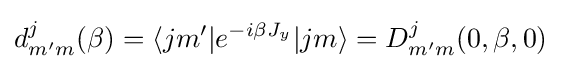
d_{m'm}^{j}(\beta )=\langle jm'|e^{-i\beta J_{y}}|jm\rangle =D_{m'm}^{j}(0,\beta ,0)